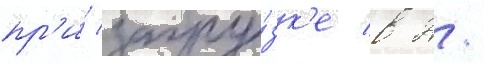
пр'и́ загру́зк'е в 2/